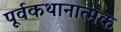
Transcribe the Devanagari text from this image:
पूर्वकथानात्मक